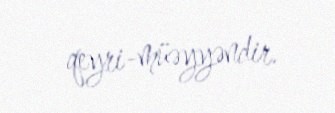
qeyri-müəyyəndir.